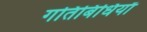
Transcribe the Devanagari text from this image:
गतिबिधियाँ